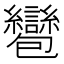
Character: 𧮌